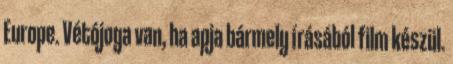
Europe. Vétójoga van, ha apja bármely írásából film készül.